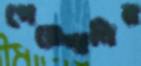
পেরেশানির